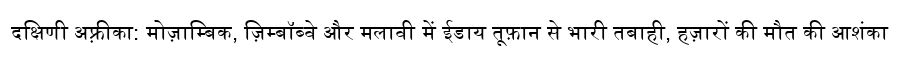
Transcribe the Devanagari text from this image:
दक्षिणी अफ़्रीका: मोज़ाम्बिक, ज़िम्बॉब्वे और मलावी में ईडाय तूफ़ान से भारी तबाही, हज़ारों की मौत की आशंका